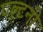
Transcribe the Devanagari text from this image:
पल्टनी